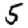
Digit: 5